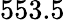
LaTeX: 553.5